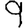
Digit: 9